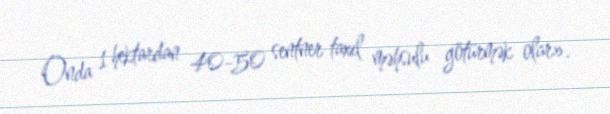
Onda 1 hektardan 40-50 sentner taxıl məhsulu götürmək olar».